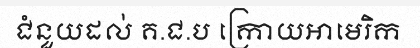
ជំនួយដល់ គ.ជ.ប ក្រោយអាមេរិក